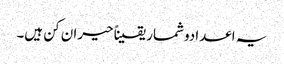
یہ اعدادوشمار یقیناً حیران کن ہیں۔